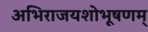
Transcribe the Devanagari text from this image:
अभिराजयशोभूषणम्